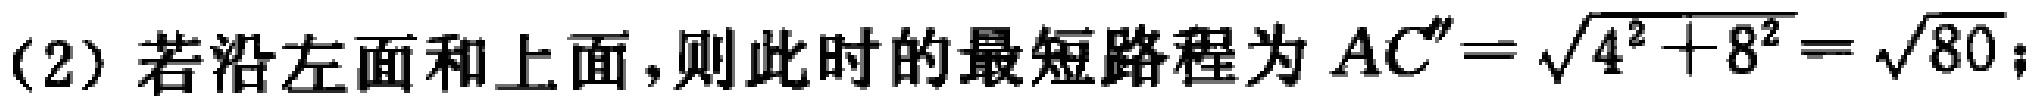
(2) 若沿左面和上面,则此时的最短路程为 \(AC''=\sqrt{4^{2}+8^{2}}=\sqrt{80}\);